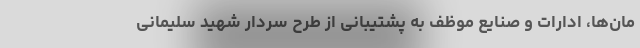
مان‌ها، ادارات و صنایع موظف به پشتیبانی از طرح سردار شهید سلیمانی